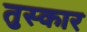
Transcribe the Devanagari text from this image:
तुस्कार